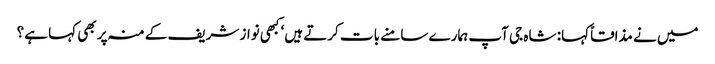
میں نے مذاقاً کہا: شاہ جی آپ ہمارے سامنے بات کرتے ہیں‘ کبھی نواز شریف کے منہ پر بھی کہا ہے؟